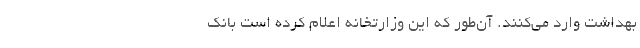
بهداشت وارد می‌کنند. آن‌طور که این وزارتخانه اعلام کرده است بانک